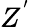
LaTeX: Z^{'}